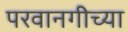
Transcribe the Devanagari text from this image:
परवानगीच्या